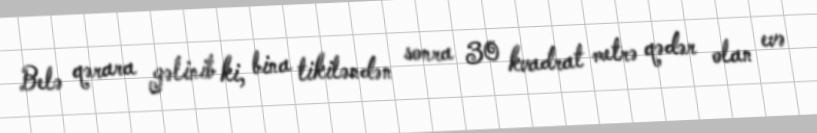
Belə qərara gəlinib ki, bina tikiləndən sonra 30 kvadrat metrə qədər olan evə